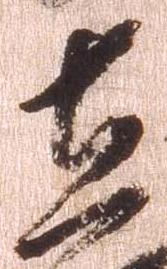
在